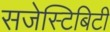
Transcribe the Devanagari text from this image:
सजेस्टिबिटी